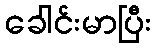
ခေါင်းမာပြီး